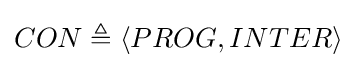
CON\triangleq \langle PROG,INTER\rangle